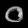
Digit: ၀